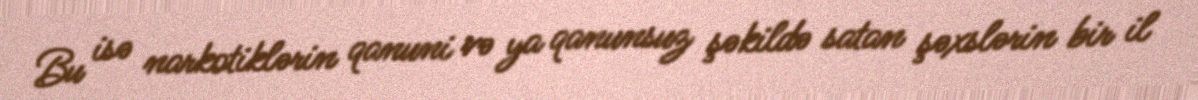
Bu isə narkotiklərin qanuni və ya qanunsuz şəkildə satan şəxslərin bir il